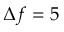
\Delta f = 5